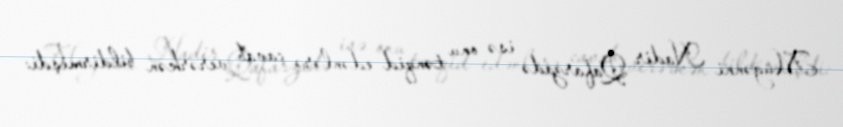
Müğənni Nadir Qafarzadə isə onu tənqid edənlərə cavab verərkən bildirmişdi: